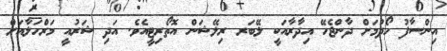
އިންސާފު ހޯދުމަށް ދާންޖެހޭ އިދާރާއަކީ ލޭބަރ ރިލޭޝަން އޮތޯރިޓީއެވެ. އަދި ޝަރުއީ މަރްހަލާއަށް